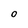
Character: 0